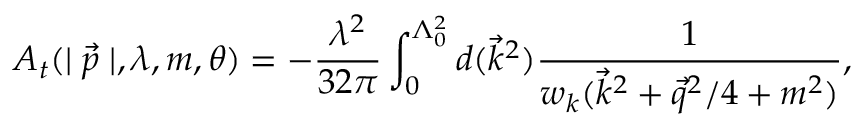
A _ { t } ( \mid \vec { p } \mid , \lambda , m , \theta ) = - \frac { \lambda ^ { 2 } } { 3 2 \pi } \int _ { 0 } ^ { \Lambda _ { 0 } ^ { 2 } } d ( \vec { k } ^ { 2 } ) \frac 1 { w _ { k } ( \vec { k } ^ { 2 } + \vec { q } ^ { 2 } / 4 + m ^ { 2 } ) } ,